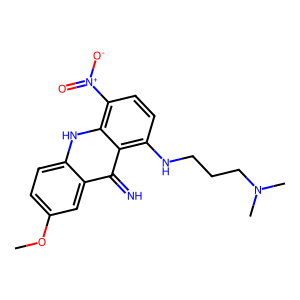
SMILES: COc1ccc2[nH]c3c([N+](=O)[O-])ccc(NCCCN(C)C)c3c(=N)c2c1
Inhibits HIV replication: No